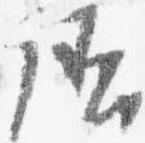
給